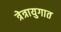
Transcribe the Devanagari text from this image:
त्रेत्रायुगात